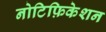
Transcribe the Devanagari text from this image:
नोटिफ़िकेशन